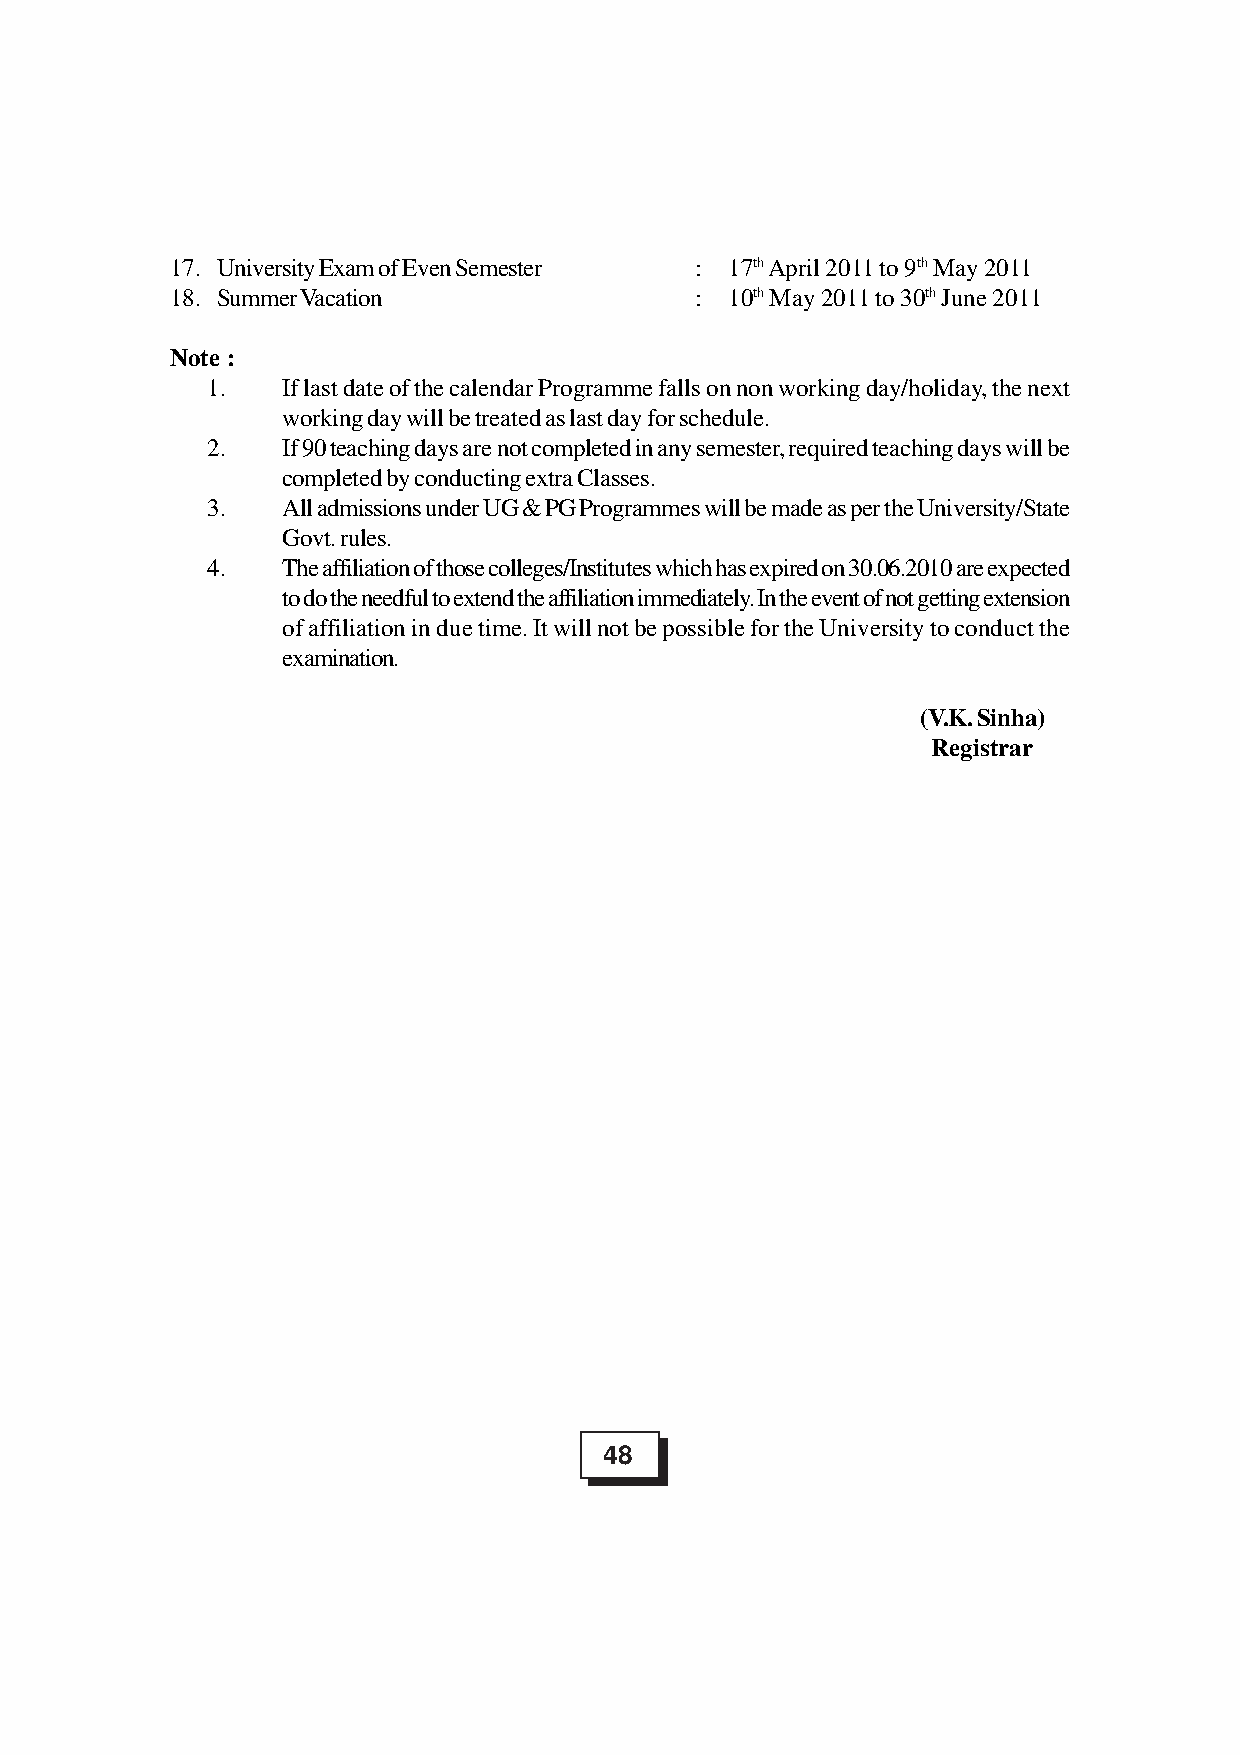
17. University Exam of Even Semester : 17th April 2011 to 9th May 2011
 18. Summer Vacation                : 10th May 2011 to 30th June 2011
 Note :
 1.   If last date of the calendar Programme falls on non working day/holiday, the next
 working day will be treated as last day for schedule.
 2.   If 90 teaching days are not completed in any semester, required teaching days will be
 completed by conducting extra Classes.
 3.   All admissions under UG & PG Programmes will be made as per the University/State
 Govt. rules.
 4.   The affiliation of those colleges/Institutes which has expired on 30.06.2010 are expected
 to do the needful to extend the affiliation immediately. In the event of not getting extension
 of affiliation in due time. It will not be possible for the University to conduct the
 examination.
 (V.K. Sinha)
 Registrar
 48